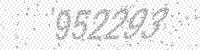
Solution: 952293